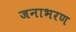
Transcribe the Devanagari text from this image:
जनाभरण